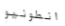
انطونيو